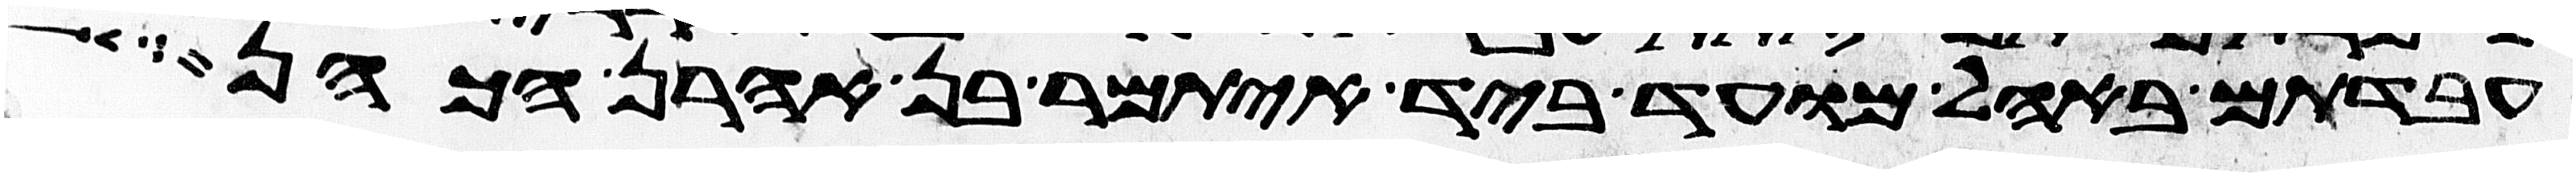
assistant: עבדתם באהל מועד ביד איתמר בן אהרן הכהן